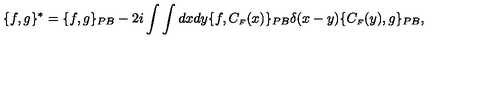
\{ f , g \} ^ { * } = \{ f , g \} _ { P B } - 2 i \int \int d x d y \{ f , C _ { \scriptscriptstyle F } ( x ) \} _ { P B } \delta ( x - y ) \{ C _ { \scriptscriptstyle F } ( y ) , g \} _ { P B } ,